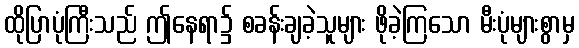
ထိုပြာပုံကြီးသည် ဤနေရာ၌ စခန်းချခဲ့သူများ ဖိုခဲ့ကြသော မီးပုံများစွာမှ